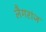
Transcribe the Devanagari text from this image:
लैगरांज